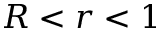
R < r < 1